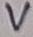
Text: V